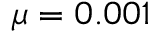
\mu = 0 . 0 0 1